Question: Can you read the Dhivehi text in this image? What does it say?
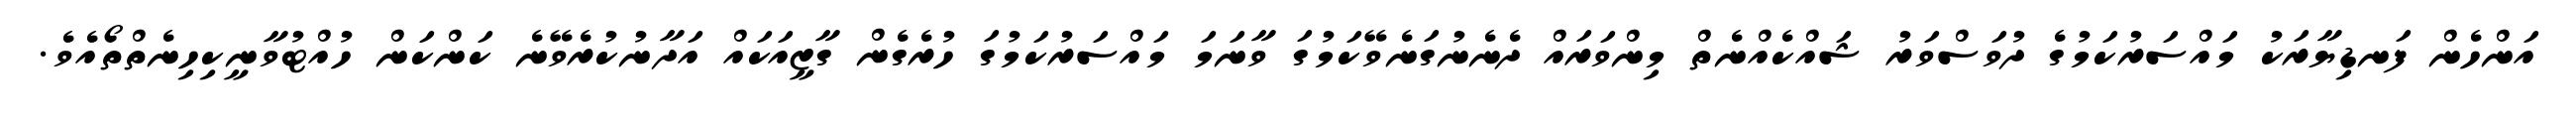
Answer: އަންހެން ފަނޑިޔާރަކު މައްސަރުކަމުގެ ދުވަސްވަރު ޝައްކެއްނެތް މިންވަރައް ދެނެނުގަނެވޭކަމުގަ ވާނަމަ މައްސަރުކަމުގަ ހުރެގެން ގާޒީއަކައް އަދާނުކުރެވޭނެ ކަންކަން ހުއްޓުވާނީކިހިނެތްތޯއެވެ.